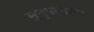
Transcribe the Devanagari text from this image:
मुत्तुपलायम